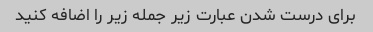
برای درست شدن عبارت زیر جمله زیر را اضافه کنید